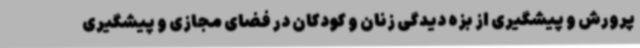
پرورش و پیشگیری از بزه دیدگی زنان و کودکان در فضای مجازی و پیشگیری